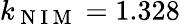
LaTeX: k_{\mathrm{~N~I~M~}}=1.328